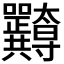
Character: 𭍖